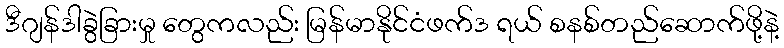
ဒီဂျန်ဒါခွဲခြားမှု တွေကလည်း မြန်မာနိုင်ငံဖက်ဒ ရယ် စနစ်တည်ဆောက်ဖို့နဲ့